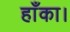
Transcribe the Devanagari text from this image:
हाँका।